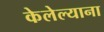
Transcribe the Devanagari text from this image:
केलेल्याना